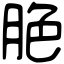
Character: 脃